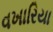
વખારિયા